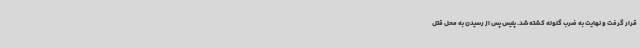
قرار گرفت و نهایت به ضرب گلوله کشته شد. پلیس پس از رسیدن به محل قتل